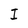
Character: I